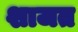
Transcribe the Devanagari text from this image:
शाजत